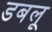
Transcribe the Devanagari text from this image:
डबलू